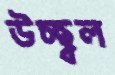
উচ্ছ্বল